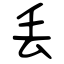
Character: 丢